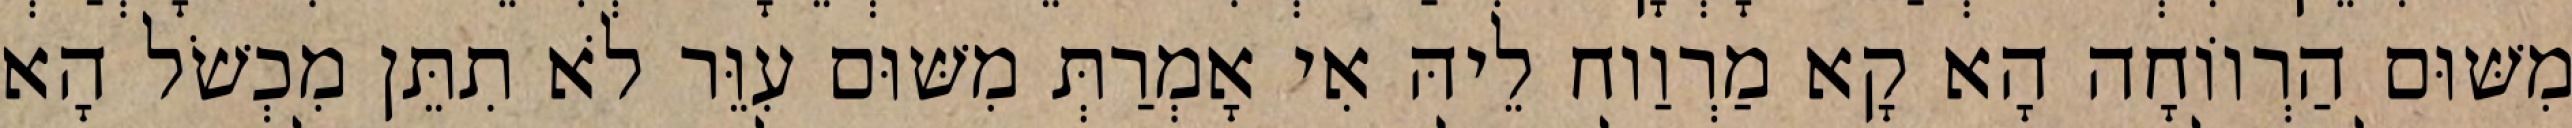
מִשּׁוּם הַרְווֹחָה הָא קָא מַרְוַוח לֵיהּ אִי אָמְרַתְּ מִשּׁוּם עִוֵּר לֹא תִתֵּן מִכְשֹׁל הָא